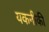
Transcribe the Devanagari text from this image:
यकनीकी